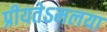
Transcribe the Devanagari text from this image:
प्रीयतेऽमलया